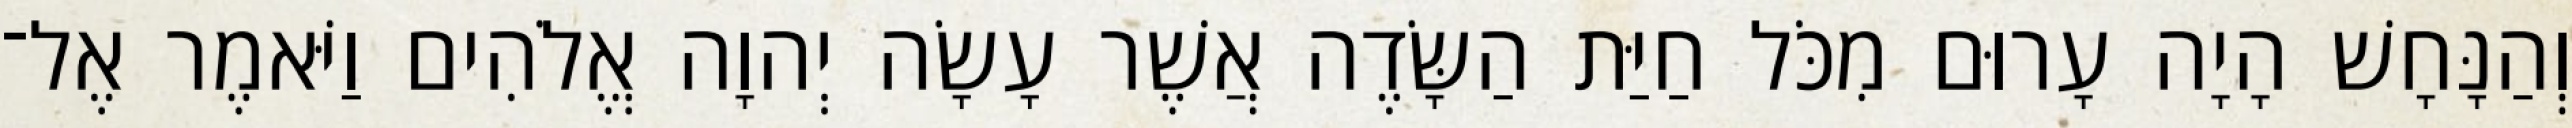
וְהַנָּחָשׁ הָיָה עָרוּם מִכֹּל חַיַּת הַשָּׂדֶה אֲשֶׁר עָשָׂה יְהוָה אֱלֹהִים וַיֹּאמֶר אֶל־